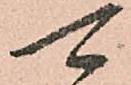
可